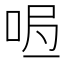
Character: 𭇰